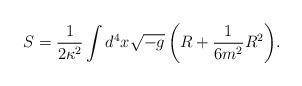
LaTeX: \begin{align*} S = \frac{1}{2\kappa^2} \int{ d^4x \sqrt{-g} \left( R + \frac{1}{6m^2} R^2 \right) }.\end{align*}